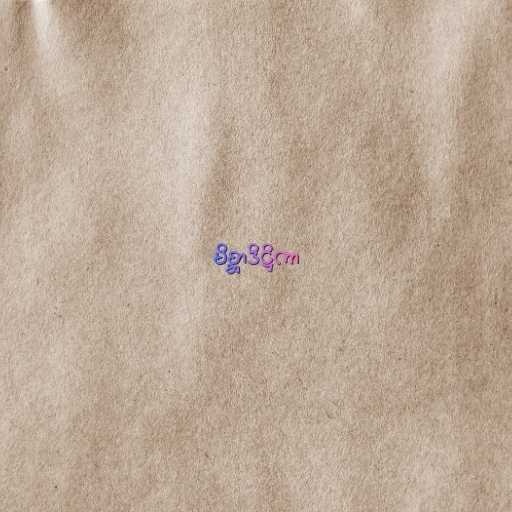
မိစ္ဆာဒိဋ္ဌိကာ